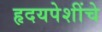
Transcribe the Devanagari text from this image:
हृदयपेशींचे